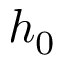
h _ { 0 }